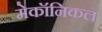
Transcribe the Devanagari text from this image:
मेकॉनिकल